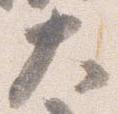
大